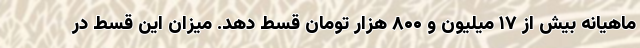
ماهیانه بیش از ۱۷ میلیون و ۸۰۰ هزار تومان قسط دهد. میزان این قسط در